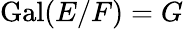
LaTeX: \mathrm{{Gal}}(E/F)=G